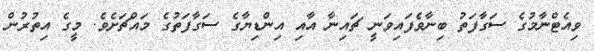
ވިއެޓްނާމުގެ ސަގާފަތު ބިނާވެފައިވަނީ ޗައިނާ އާއި އިންޑިޔާގެ ސަގާފަތުގެ މައްޗަށެވެ. މީގެ އިތުރުން